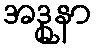
အဒ္ဓုနာ